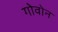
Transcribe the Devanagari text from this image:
गोवोन